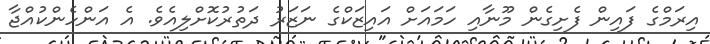
އިރަމްގެ ފައިން ފެށިގެން މޫނާއި ހަމައަށް އައިޒަކްގެ ނަޒަރު ދަތުރުކޮށްލިއެވެ. އެ އަންހެންކުއްޖާ